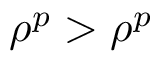
\rho ^ { p } > \rho ^ { p }